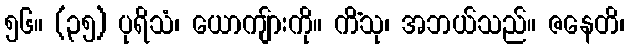
၅၆။ (၃၅) ပုရိသံ၊ ယောကျ်ားကို။ ကိံသု၊ အဘယ်သည်။ ဇနေတိ၊